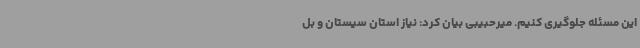
این مسئله جلوگیری کنیم. میرحبیبی بیان کرد: نیاز استان سیستان و بل